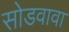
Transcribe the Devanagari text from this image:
सोडवावा